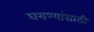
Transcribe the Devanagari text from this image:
घराण्यांसाठी